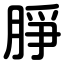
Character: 㬹